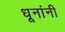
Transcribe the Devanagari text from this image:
धूनांनी